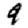
Digit: 9